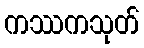
ကဿကသုတ်